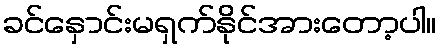
ခင်နှောင်းမရှက်နိုင်အားတော့ပါ။